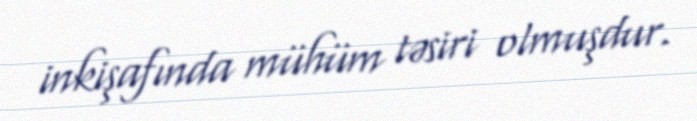
inkişafında mühüm təsiri olmuşdur.